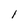
Character: l